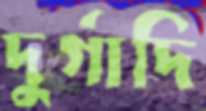
দুর্গাদি